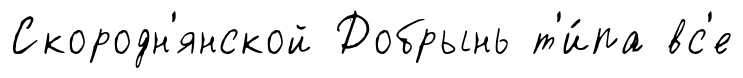
Скородн'янской Добрынь т'и́па вс'е